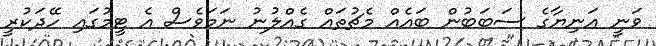
ވަނީ އަނިޔާގެ ސަބަބުން ބައެއް މެޗުތައް ގެއްލުނު ނަމަވެސް އެ ޓީމުގައި ހޭދަކުރީ